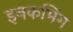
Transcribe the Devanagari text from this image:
इनकमिंग